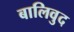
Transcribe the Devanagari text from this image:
बालिवुद